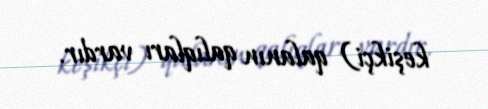
keşikçi) qalanın qalıqları vardır.